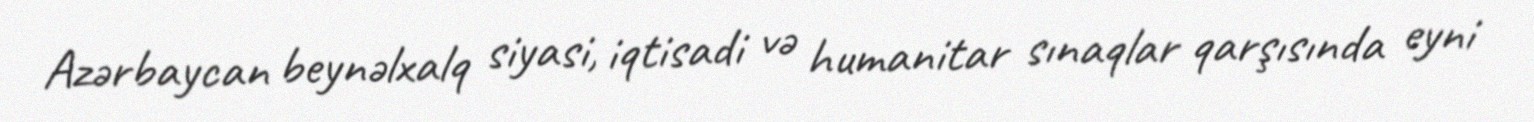
Azərbaycan beynəlxalq siyasi, iqtisadi və humanitar sınaqlar qarşısında eyni